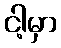
ငါ့မှာ